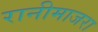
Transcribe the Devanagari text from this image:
रानीमाजरा